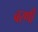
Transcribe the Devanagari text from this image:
बरणी